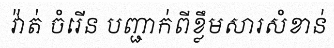
វ៉ាត់ ចំរើន បញ្ជាក់ពីខ្លឹមសារសំខាន់